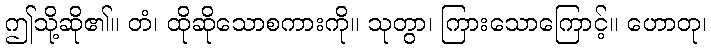
ဤသို့ဆို၏။ တံ၊ ထိုဆိုသောစကားကို။ သုတွာ၊ ကြားသောကြောင့်။ ဟောတု၊